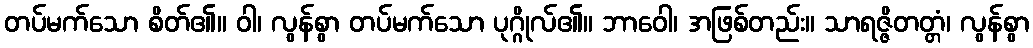
တပ်မက်သော စိတ်၏။ ဝါ၊ လွန်စွာ တပ်မက်သော ပုဂ္ဂိုလ်၏။ ဘာဝေါ၊ အဖြစ်တည်း။ သာရဇ္ဇိတတ္တံ၊ လွန်စွာ